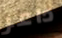
داعر